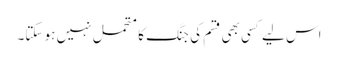
اس لیے کسی بھی قسم کی جنگ کا متحمل نہیں ہو سکتا۔